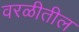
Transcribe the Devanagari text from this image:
वरळीतील